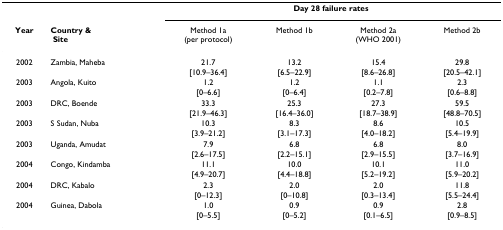
<table><thead><tr><td></td><td></td><td colspan="4"><b>Day 28 failure rates</b></td></tr><tr><td><b>Year</b></td><td><b>Country &amp; Site</b></td><td><b>Method 1a (per protocol)</b></td><td><b>Method 1b</b></td><td><b>Method 2a (WHO 2001)</b></td><td><b>Method 2b</b></td></tr></thead><tbody><tr><td>2002</td><td>Zambia, Maheba</td><td>21.7</td><td>13.2</td><td>15.4</td><td>29.8</td></tr><tr><td></td><td></td><td>[10.9–36.4]</td><td>[6.5–22.9]</td><td>[8.6–26.8]</td><td>[20.5–42.1]</td></tr><tr><td>2003</td><td>Angola, Kuito</td><td>1.2</td><td>1.2</td><td>1.1</td><td>2.3</td></tr><tr><td></td><td></td><td>[0–6.6]</td><td>[0–6.4]</td><td>[0.2–7.8]</td><td>[0.6–8.8]</td></tr><tr><td>2003</td><td>DRC, Boende</td><td>33.3</td><td>25.3</td><td>27.3</td><td>59.5</td></tr><tr><td></td><td></td><td>[21.9–46.3]</td><td>[16.4–36.0]</td><td>[18.7–38.9]</td><td>[48.8–70.5]</td></tr><tr><td>2003</td><td>S Sudan, Nuba</td><td>10.3</td><td>8.3</td><td>8.6</td><td>10.5</td></tr><tr><td></td><td></td><td>[3.9–21.2]</td><td>[3.1–17.3]</td><td>[4.0–18.2]</td><td>[5.4–19.9]</td></tr><tr><td>2003</td><td>Uganda, Amudat</td><td>7.9</td><td>6.8</td><td>6.8</td><td>8.0</td></tr><tr><td></td><td></td><td>[2.6–17.5]</td><td>[2.2–15.1]</td><td>[2.9–15.5]</td><td>[3.7–16.9]</td></tr><tr><td>2004</td><td>Congo, Kindamba</td><td>11.1</td><td>10.0</td><td>10.1</td><td>11.0</td></tr><tr><td></td><td></td><td>[4.9–20.7]</td><td>[4.4–18.8]</td><td>[5.2–19.2]</td><td>[5.9–20.2]</td></tr><tr><td>2004</td><td>DRC, Kabalo</td><td>2.3</td><td>2.0</td><td>2.0</td><td>11.8</td></tr><tr><td></td><td></td><td>[0–12.3]</td><td>[0–10.8]</td><td>[0.3–13.4]</td><td>[5.5–24.4]</td></tr><tr><td>2004</td><td>Guinea, Dabola</td><td>1.0</td><td>0.9</td><td>0.9</td><td>2.8</td></tr><tr><td></td><td></td><td>[0–5.5]</td><td>[0–5.2]</td><td>[0.1–6.5]</td><td>[0.9–8.5]</td></tr></tbody></table>